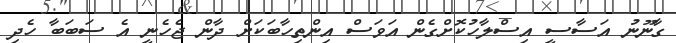
ގާނޫނު އަސާސީ އިސްލާހުކޮށްގެން އަވަސް އިންތިހާބަކަށް ދާން ޖެހެނީ އެ ސަބަބާ ހެދި